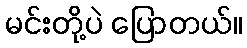
မင်းတို့ပဲ ပြောတယ်။